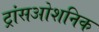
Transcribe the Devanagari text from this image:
ट्रांसओशनिक